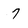
Character: 7